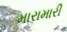
મારામારી